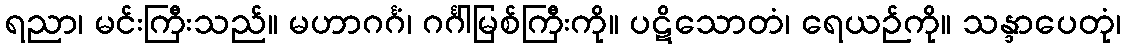
ရညာ၊ မင်းကြီးသည်။ မဟာဂင်္ဂံ၊ ဂင်္ဂါမြစ်ကြီးကို။ ပဋိသောတံ၊ ရေယဉ်ကို။ သန္ဒာပေတုံ၊